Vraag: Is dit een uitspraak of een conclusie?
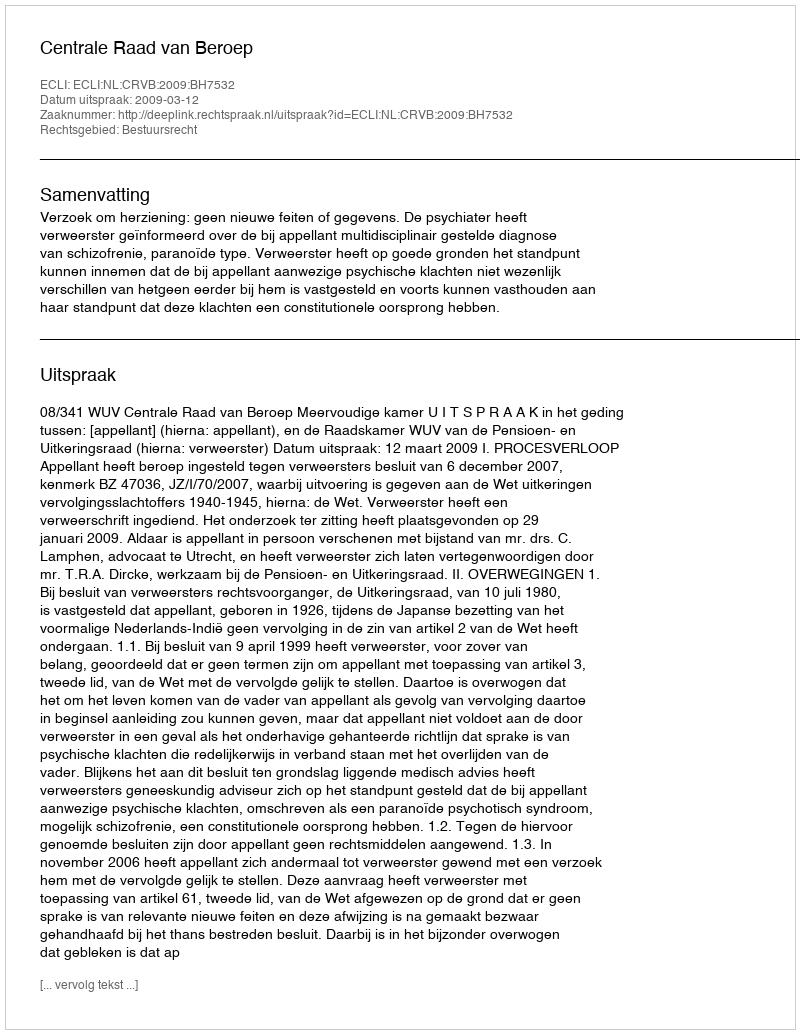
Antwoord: Uitspraak